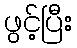
ဖွင့်ပြီး